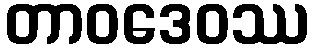
တာဝဒေဝဿ